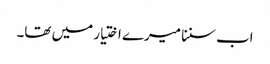
اب سننا میرے اختیار میں تھا۔